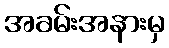
အခမ်းအနားမှ